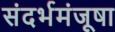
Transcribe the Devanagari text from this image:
संदर्भमंजूषा